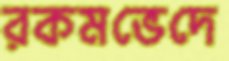
রকমভেদে